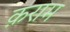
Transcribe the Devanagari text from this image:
क़राम